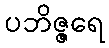
ပဘိဇ္ဇရေ